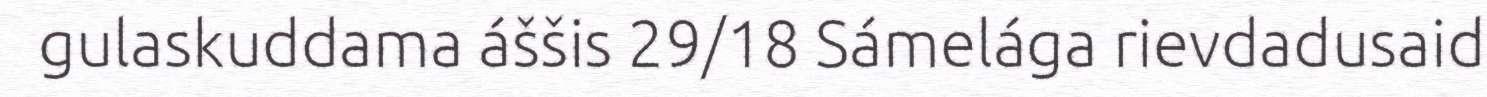
gulaskuddama áššis 29/18 Sámelága rievdadusaid